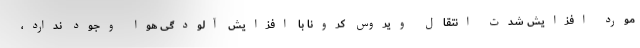
مورد افزایش شدت انتقال ویروس کرونا با افزایش آلودگی هوا وجود ندارد،